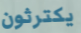
يكترثون